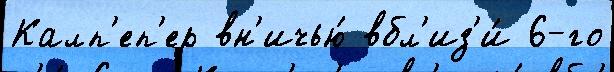
Калп'еп'ер вн'ичью́ вбл'из'и́ 6-го